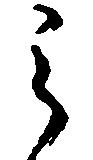
之